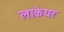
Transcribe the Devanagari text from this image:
लाकेयर